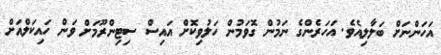
އަހަންނަށް ބަލާލިއެވެ. އަހަރެންގެ ނަމުން ގޮވަމުން ހަލުވިކޮށް އައިސް ސިޓިންރޫމަށް ވަން ހައިކަލްއަށް